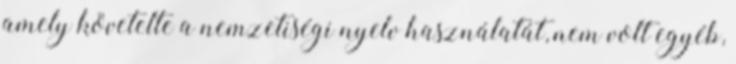
amely követelte a nemzetiségi nyelv használatát, nem volt egyéb,